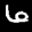
Label: 6